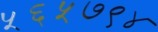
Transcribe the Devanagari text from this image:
५६५७९४